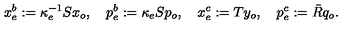
x _ { e } ^ { b } : = \kappa _ { e } ^ { - 1 } S x _ { o } , \quad p _ { e } ^ { b } : = \kappa _ { e } S p _ { o } , \quad x _ { e } ^ { c } : = T y _ { o } , \quad p _ { e } ^ { c } : = \bar { R } q _ { o } .